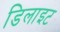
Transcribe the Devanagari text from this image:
डिलाइट